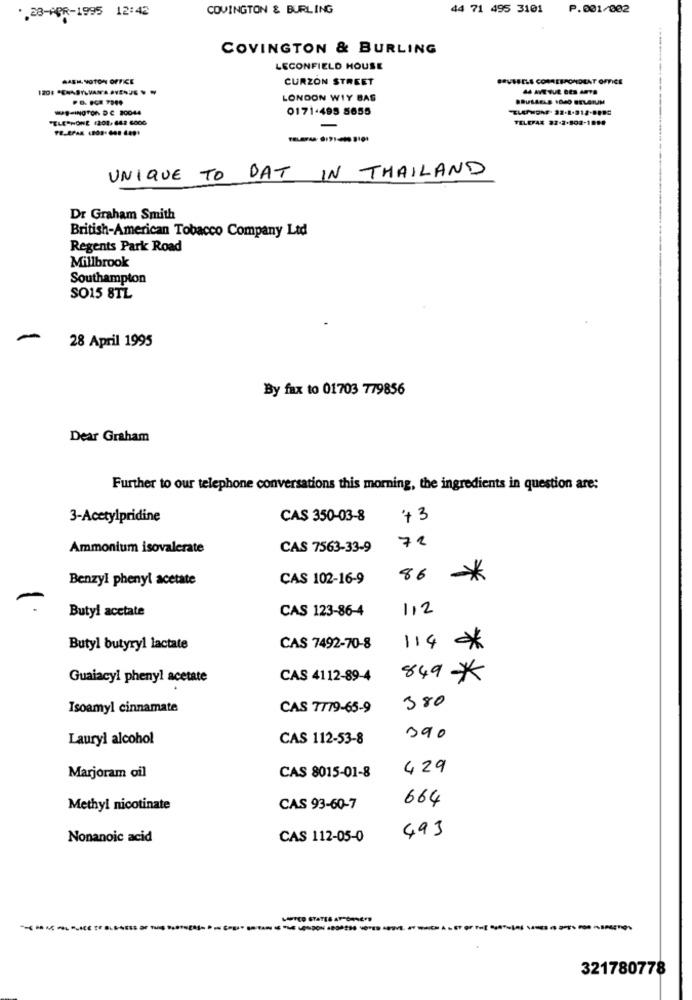
.. 28-APR-1995 12:42
COVINGTON & BURLING
44 71 495 3101
P.001/002
COVINGTON & BURLING
LECONFIELD HOUSE
MAEM, VOTON OFFICE
CURZON STREET
.ªVSEELS CORRESPONDEAT OFFICE
LONDON WIY BAS
BRUSSELS SOJO BELGIUM
-INTON DC 20044
0171-495 5655
TELEPHONE 1202.642 600G
TELEFAX 22-2-802-1099
UNIQUE TO DAT IN THAILAND
Dr Graham Smith
British-American Tobacco Company Ltd
Regents Park Road
Millbrook
Southampton
SO15 8TL
28 April 1995
By fax to 01703 779856
Dear Graham
Further to our telephone conversations this morning, the ingredients in question are:
3-Acetylpridine
CAS 350-03-8
+3
72
Ammonium isovalerate
CAS 7563-33-9
Benzyl phenyl acetate
CAS 102-16-9
86 *
Butyl acetate
CAS 123-86-4
112
Butyl butyryl lactate
CAS 7492-70-8
114 *
Guaiacyl phenyl acetate
CAS 4112-89-4
849*
380
Isoamyl cinnamate
CAS 7779-65-9
Lauryl alcohol
CAS 112-53-8
390
429
Marjoram oil
CAS 8015-01-8
664
Methyl nicotinate
CAS 93-60-7
493
Nonanoic acid
CAS 112-05-0
321780778